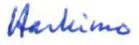
Harkimo